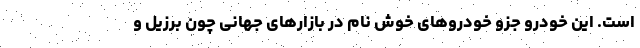
است. این خودرو جزو خودروهای خوش نام در بازارهای جهانی چون برزیل و